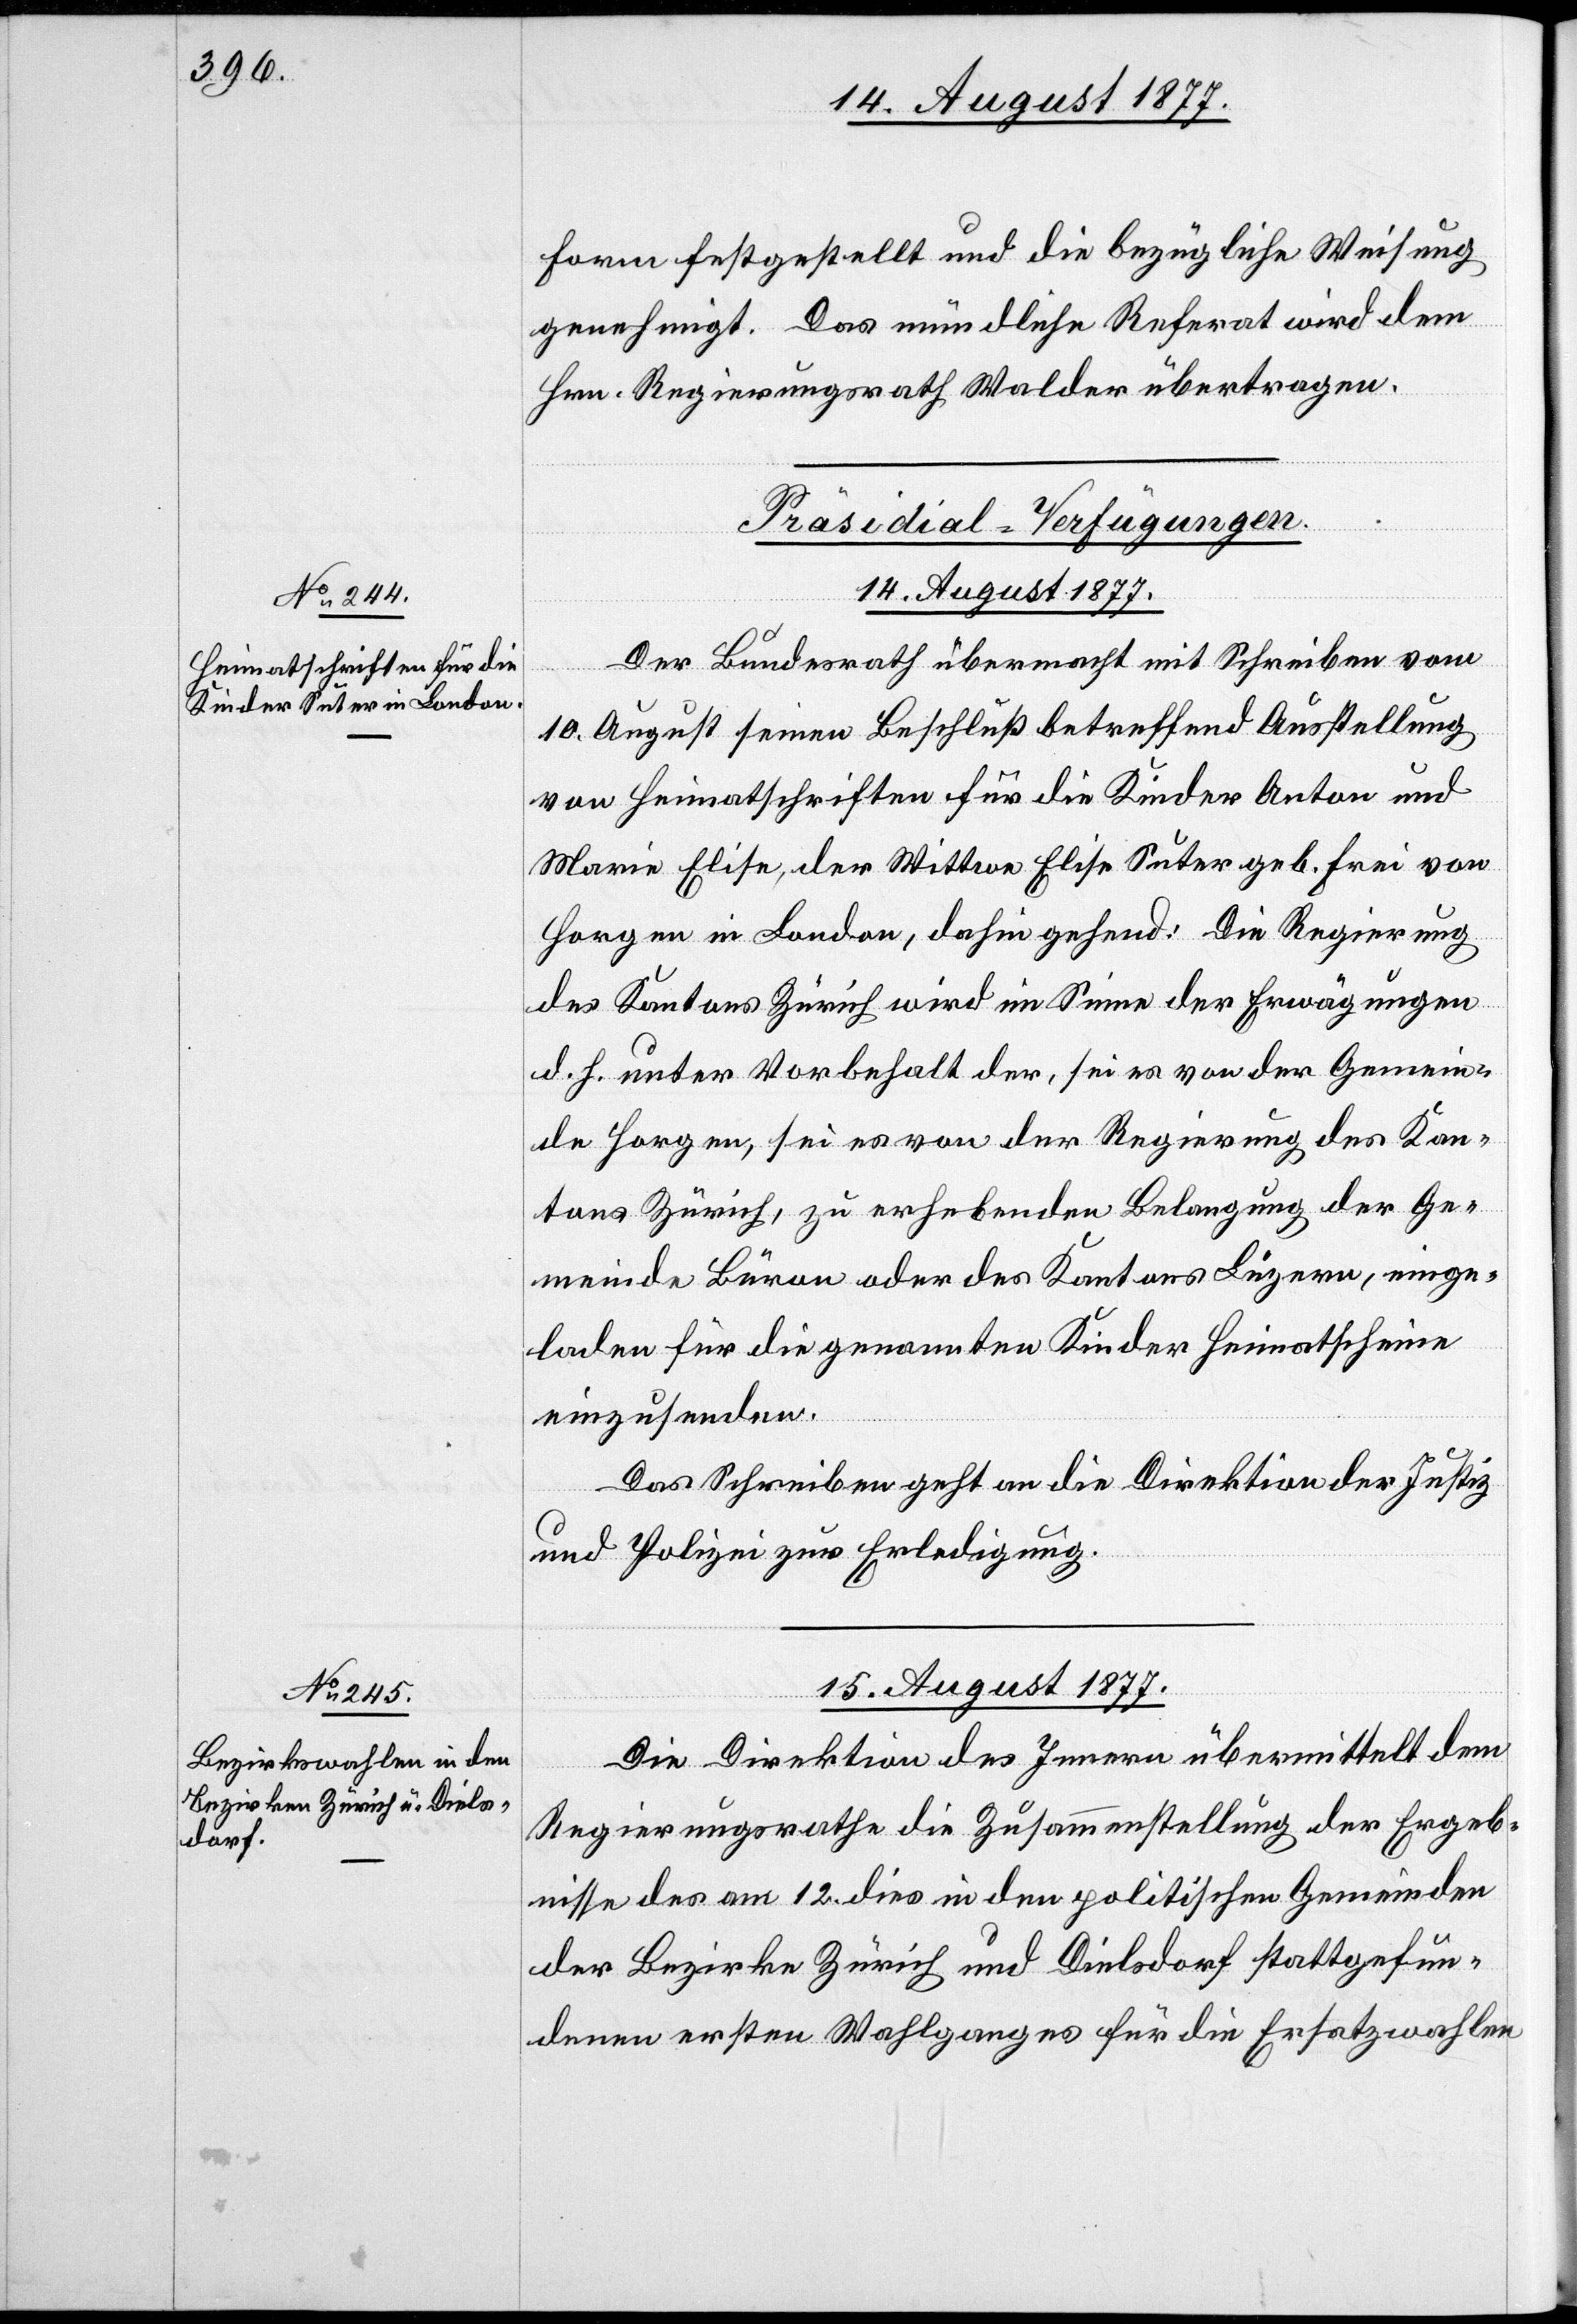
Form festgestellt und die bezügliche Weisung
genehmigt. Das mündliche Referat wird dem
Hrn. Regierungsrath Walder übertragen.
[Präsidial-Verfügungen.]
14. August 1877.
Der Bundesrath übermacht mit Schreiben vom
10. August seinen Beschluß betreffend Ausstellung
von Heimatschriften für die Kinder Anton und
Marie Elise, der Wittwe Elise Suter geb. Frei von
Horgen in London, dahin gehend: Die Regierung
des Kantons Zürich wird im Sinne der Erwägungen
d. h. unter Vorbehalt der, sei es von der Gemein¬
de Horgen, sei es von der Regierung des Kan¬
tons Zürich, zu erhebenden Belangung der Ge¬
meinde Büron oder des Kantons Luzern, einge¬
laden für die genannten Kinder Heimatscheine
einzusenden.
Das Schreiben geht an die Direktion der Justiz
und Polizei zur Erledigung.
15. August 1877.
Die Direktion des Innern übermittelt dem
Regierungsrathe die Zusammenstellung der Ergeb¬
nisse des am 12. dies in den politischen Gemeinden
der Bezirke Zürich und Dielsdorf stattgefun¬
denen ersten Wahlganges für die Ersatzwahlen